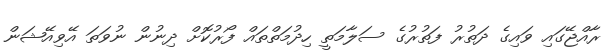
ރާއްޖޭގައި ވައިގެ ދަތުރު ފަތުރުގެ ސަލާމަތީ ހިދުމަތްތައް ފޯރުކޮށް ދިނުން ނުވަތަ އޭވިއޭޝަން